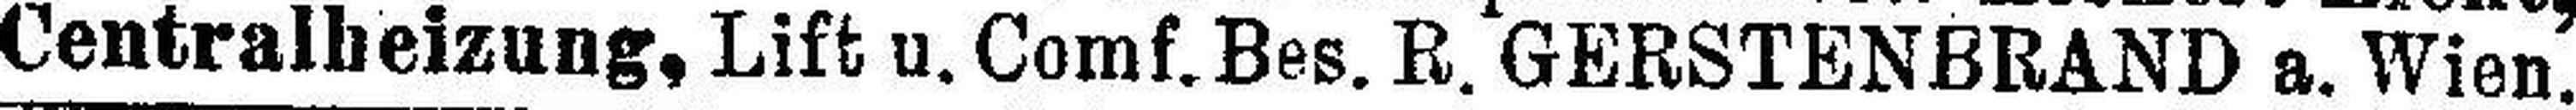
Centralbeizung, Lift u. Comf.Bes. R. GERSTENBRAND a. Wien.